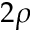
2 \rho